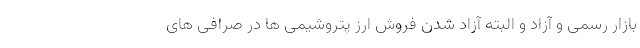
بازار رسمی و آزاد و البته آزاد شدن فروش ارز پتروشیمی ها در صرافی های